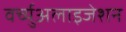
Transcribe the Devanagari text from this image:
वर्च्युअलाइजेशन